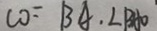
C O = B A \cdot \angle B A O